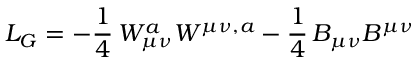
{ \cal L } _ { G } = - \frac { 1 } { 4 } \, W _ { \mu \nu } ^ { a } W ^ { \mu \nu , a } - \frac { 1 } { 4 } \, B _ { \mu \nu } B ^ { \mu \nu }